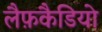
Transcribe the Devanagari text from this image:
लैफ़कैडियो